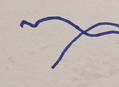
Signature authenticity: forged